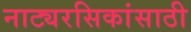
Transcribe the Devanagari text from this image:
नाट्यरसिकांसाठी